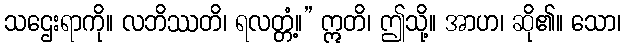
သဌေးရာကို။ လဘိဿတိ၊ ရလတ္တံ့။” ဣတိ၊ ဤသို့။ အာဟ၊ ဆို၏။ သော၊